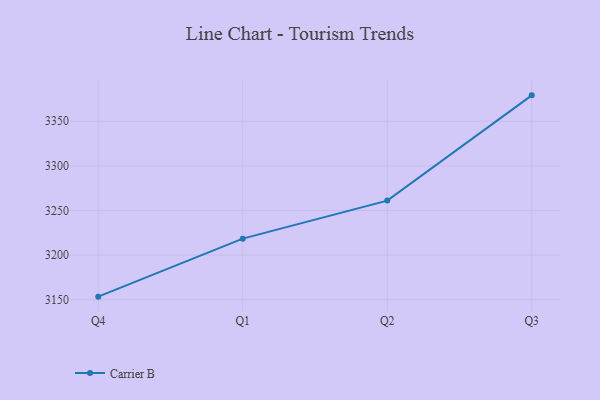
{"axis": {"x": "Quarter", "y": "Temperature (°C)"}, "legend": ["Carrier B"], "data": [{"x": "Q4", "y": 3153.5, "type": "Carrier B"}, {"x": "Q1", "y": 3218.5, "type": "Carrier B"}, {"x": "Q2", "y": 3261.1, "type": "Carrier B"}, {"x": "Q3", "y": 3379.0, "type": "Carrier B"}]}